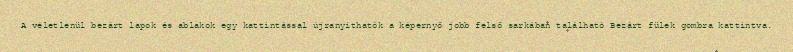
A véletlenül bezárt lapok és ablakok egy kattintással újranyithatók a képernyő jobb felső sarkában található Bezárt fülek gombra kattintva.